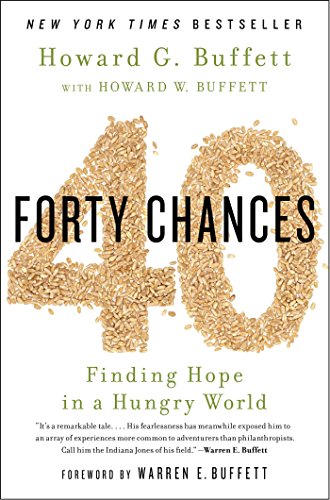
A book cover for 40 Chances: Finding Hope in a Hungry World; Howard G Buffett; Politics & Social Sciences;